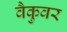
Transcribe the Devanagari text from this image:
वैकुवर